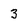
Character: 3